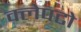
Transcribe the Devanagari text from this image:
क्लेपटो